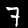
Digit: 7